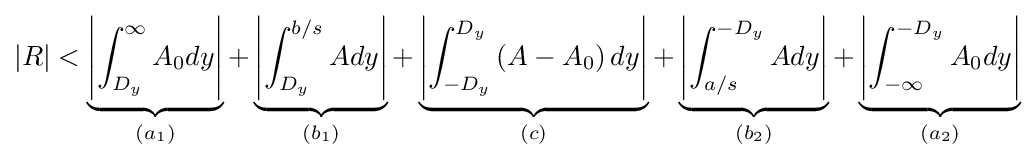
|R|<\underbrace {\left|\int _{D_{y}}^{\infty }A_{0}dy\right|} _{(a_{1})}+\underbrace {\left|\int _{D_{y}}^{b/s}Ady\right|} _{(b_{1})}+\underbrace {\left|\int _{-D_{y}}^{D_{y}}\left(A-A_{0}\right)dy\right|} _{(c)}+\underbrace {\left|\int _{a/s}^{-D_{y}}Ady\right|} _{(b_{2})}+\underbrace {\left|\int _{-\infty }^{-D_{y}}A_{0}dy\right|} _{(a_{2})}